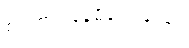
စဉ်းစား နေမိလေသည်။